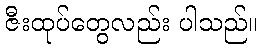
ဇီးထုပ်တွေလည်း ပါသည်။